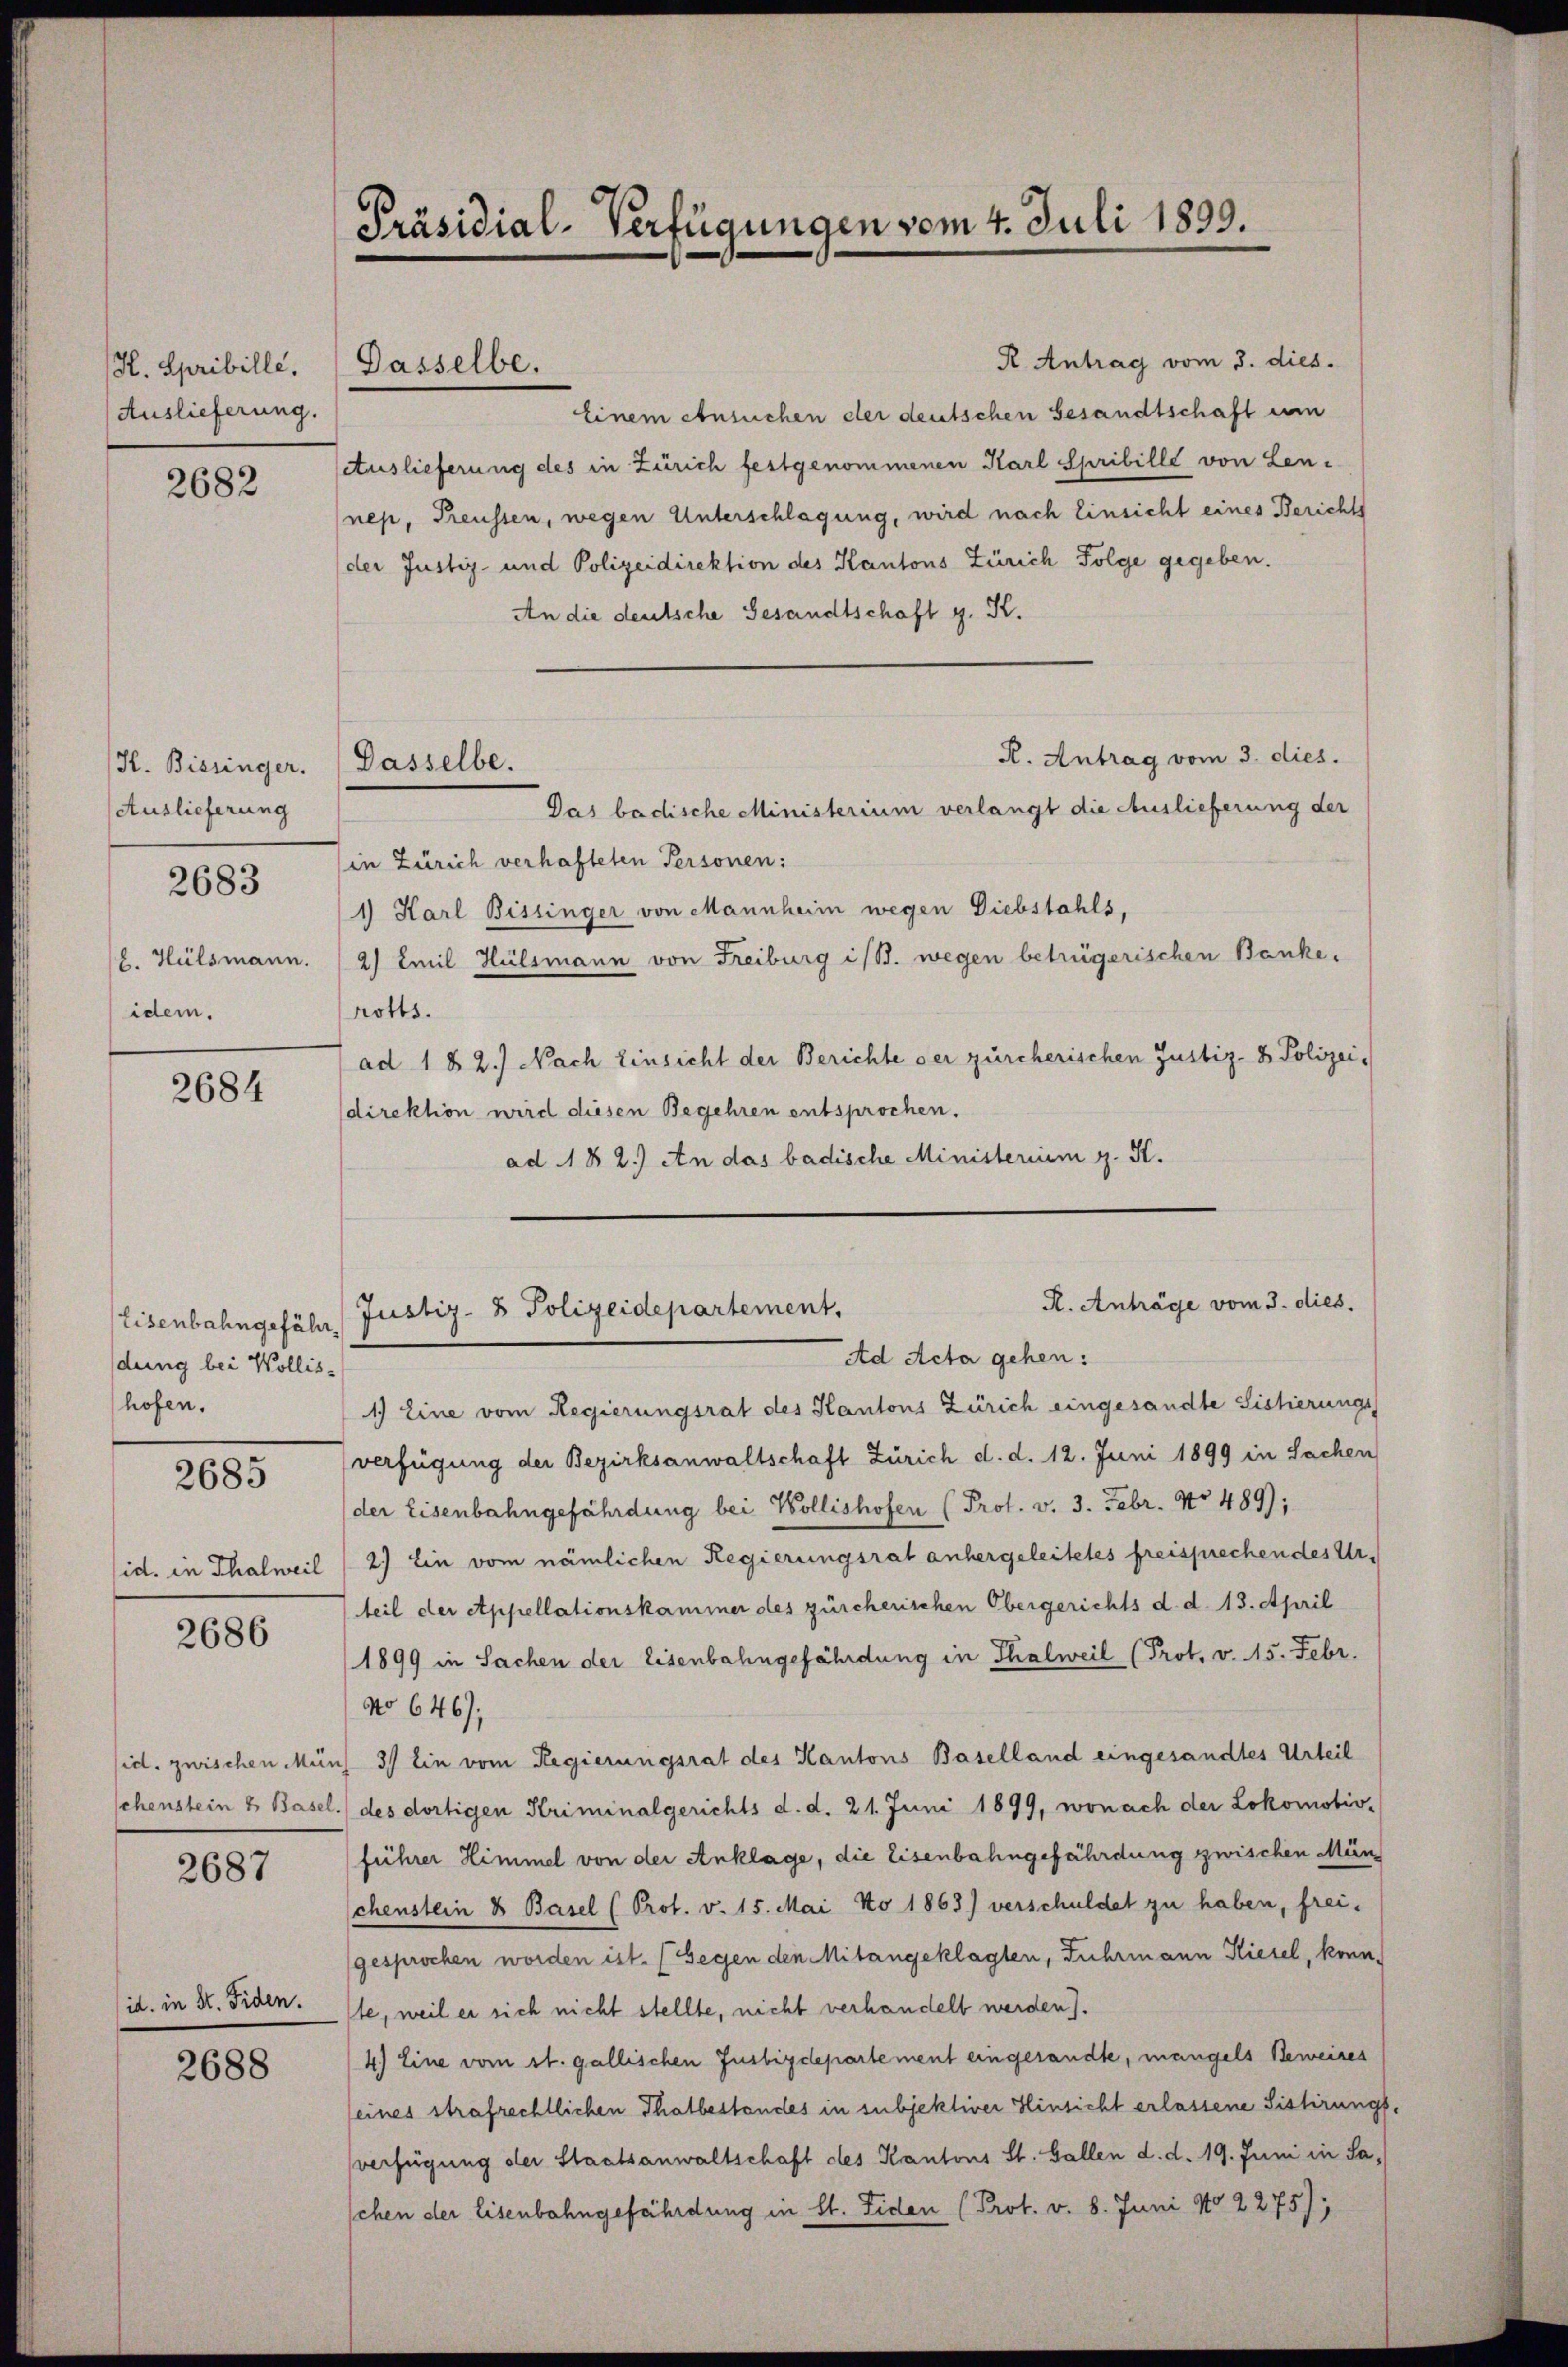
H. Spribille.
Auslieferung.

2682

H. Bissinger. Dasselbe.
Auslieferung
idem.

2683

2684

Eisenbahngefährdung bei Wollis,
hofen.

2685

sid. in Thalweil

2686

2687

id. in St. Fiden.

2688

Präsidial-Verfügungen vom 4. Juli 1899.

Dasselbe.

R Antrag vom 3. dies.
Einem Ansuchen der deutschen Gesandtschaft um
Auslieferung des in Zürich festgenommenen Karl Spribille von Lennep, Treussen, wegen Unterschlagung, wird nach Einsicht eines Berichts
der Justiz- und Polizeidirektion des Kantons Zürich Folge gegeben.
An die deutsche Gesandtschaft g. K.
R. Antrag vom 3. dies.
Das badische Ministerium verlangt die Auslieferung der
(in Zürich verhafteten Personen:
1) Karl Bissinger von Mannheim wegen Diebstahls,
. Hülsmann. (2) Emil Hülsmann von Freiburg ist. wegen betrügerischen Bankerotts.
ad 1 § 2.) Nach Einsicht der Berichte der zürcherischen Justiz- & Polizeidirektion wird diesen Begehren entsprochen.
ad 118 2.) An das badische Ministerium z. St.

R. Anträge vom 3. dies.
Justiz- & Polizeidepartement,
Ad Acta gehen:

1.) Eine vom Regierungsrat des Kantons Zürich eingesandte Sistierungs
verfügung der Bezirksanwaltschaft Zürich d. d. 12. Juni 1899 in Sachen
der Eisenbahngefährdung bei Wollishofen (Prof. v. 3. Febr. No 489);
2.) Ein vom nämlichen Regierungsrat anhergeleitetes freisprechen des Urteil der Appellationskammer des zürcherischen Obergerichts d. d. 18. April
1899 in Sachen der Eisenbahngefährdung in Thalweil (Prot. v. 15. Febr.
No 646),
sid. zwischen Münz 3) Ein vom Regierungsrat des Kantons Baselland eingesandtes Urteil
schenstein & Basel.) des dortigen Kriminalgerichts d. d. 21. Juni 1899, wonach der Lokomotiv-
führer Himmel von der Anklage, die Eisenbahngefährdung zwischen Mänchenstein & Basel (Prot. v. 15. Mai No 1863) verschuldet zu haben, freigesprochen worden ist. (Gegen den Mitangeklagten, Fuhrmann Kiesel, konnste, weil er sich nicht stellte, nicht verhandelt werden).
4.) Eine vom 11. gallischen Justizdepartement eingesandte, mangels Beweises
seines strafrechtlichen Thatbestandes in subjektiver Hinsicht erlassene Sistirungsverfügung der Staatsanwaltschaft des Kantons St. Gallen d. d. 19. Juni in Saschen der Eisenbahngefährdung in lt. Eiden (Prot. v. 8. Juni No 2275);